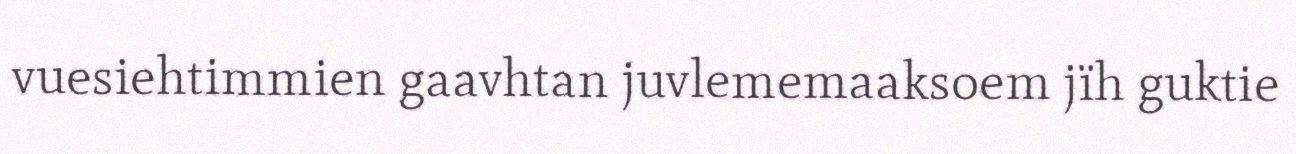
vuesiehtimmien gaavhtan juvlememaaksoem jïh guktie